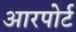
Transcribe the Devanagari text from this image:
आरपोर्ट